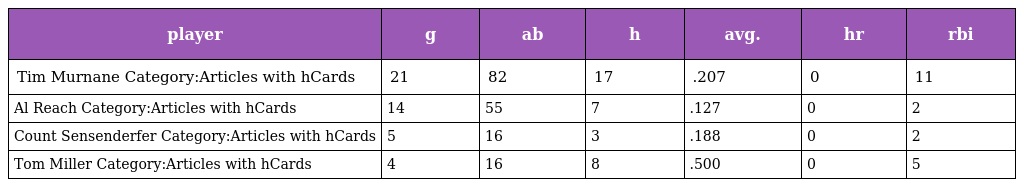
| player | g | ab | h | avg. | hr | rbi |
 | --- | --- | --- | --- | --- | --- | --- |
 | Tim Murnane Category:Articles with hCards | 21 | 82 | 17 | .207 | 0 | 11 |
 | Al Reach Category:Articles with hCards | 14 | 55 | 7 | .127 | 0 | 2 |
 | Count Sensenderfer Category:Articles with hCards | 5 | 16 | 3 | .188 | 0 | 2 |
 | Tom Miller Category:Articles with hCards | 4 | 16 | 8 | .500 | 0 | 5 |